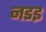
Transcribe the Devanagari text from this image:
नडइ